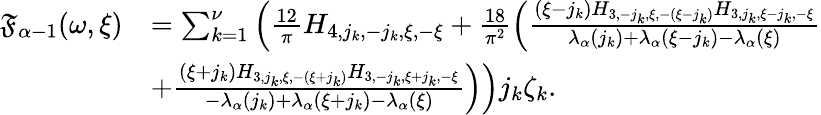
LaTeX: \begin{array}{rl}{\mathfrak{F}_{\alpha-1}(\omega,\xi)}&{=\sum_{k=1}^{\nu}\left(\frac{12}{\pi}H_{4,j_{k},-j_{k},\xi,-\xi}+\frac{18}{\pi^{2}}\left(\frac{(\xi-j_{k})H_{3,-j_{k},\xi,-(\xi-j_{k})}H_{3,j_{k},\xi-j_{k},-\xi}}{\lambda_{\alpha}(j_{k})+\lambda_{\alpha}(\xi-j_{k})-\lambda_{\alpha}(\xi)}\right.\right.}\\ &{\left.\left.+\frac{(\xi+j_{k})H_{3,j_{k},\xi,-(\xi+j_{k})}H_{3,-j_{k},\xi+j_{k},-\xi}}{-\lambda_{\alpha}(j_{k})+\lambda_{\alpha}(\xi+j_{k})-\lambda_{\alpha}(\xi)}\right)\right)j_{k}\zeta_{k}.}\end{array}